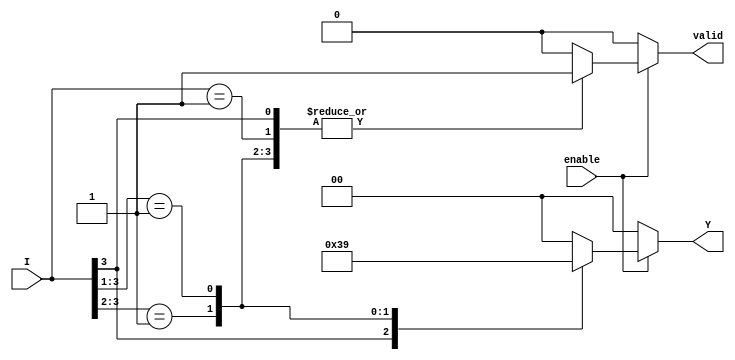
module priority_encoder (
    input wire [3:0] I,        // 4 input lines
    input wire enable,         // Enable signal
    output reg [1:0] Y,        // 2-bit output for the highest priority index
    output reg valid           // Indicates if any input is active
);

// Always block for combinational logic
always @(*) begin
    if (!enable) begin
        Y = 2'b00;            // Default output when not enabled
        valid = 1'b0;        // No active input
    end else begin
        // Default values
        Y = 2'b00;            // Default output when no inputs are active
        valid = 1'b0;        // No active input initially

        // Priority encoding logic
        casez (I)
            4'b1???: begin Y = 2'b11; valid = 1'b1; end // I3 is active
            4'b01??: begin Y = 2'b10; valid = 1'b1; end // I2 is active
            4'b001?: begin Y = 2'b01; valid = 1'b1; end // I1 is active
            4'b0001: begin Y = 2'b00; valid = 1'b1; end // I0 is active
            default: begin Y = 2'b00; valid = 1'b0; end // No active inputs
        endcase
    end
end

endmodule